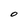
Character: O